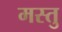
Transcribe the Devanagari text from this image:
मस्तु